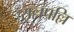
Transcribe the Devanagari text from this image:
राल्लपल्लि